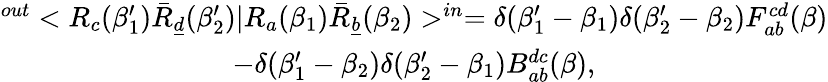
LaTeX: \begin{array}{c}{{^{out}<R_{c}(\beta_{1}^{\prime})\bar{R}_{\underline{{d}}}(\beta_{2}^{\prime})|R_{a}(\beta_{1})\bar{R}_{\underline{{b}}}(\beta_{2})>^{in}=\delta(\beta_{1}^{\prime}-\beta_{1})\delta(\beta_{2}^{\prime}-\beta_{2})F_{ab}^{cd}(\beta)}}\\ {{-\delta(\beta_{1}^{\prime}-\beta_{2})\delta(\beta_{2}^{\prime}-\beta_{1})B_{ab}^{dc}(\beta),}}\end{array}